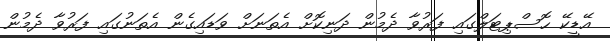
އޭޑީކޭ ހޮސްޕިޓަލްގައި ފަރުވާ ދެމުން ދަނިކޮށް އެތަނަށް ވަޑައިގެން އެތަނުގައި ފަރުވާ ދެމުން